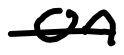
Text: on
Cross-out: single-line
Writing tool: digital_black